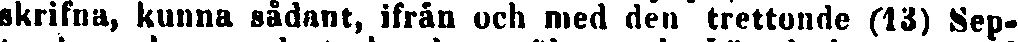
skrifna, kunna sådant, ifrån och med den trettonde (13) Sep-